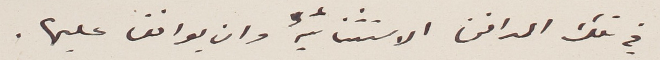
في تلك المدافن الاستثنائية وان يوافق عليها.